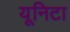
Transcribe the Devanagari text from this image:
यूनिटा